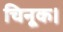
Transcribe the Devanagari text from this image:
चिनूक।